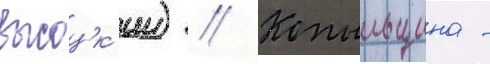
высоцк'ии) // Копыльщина -